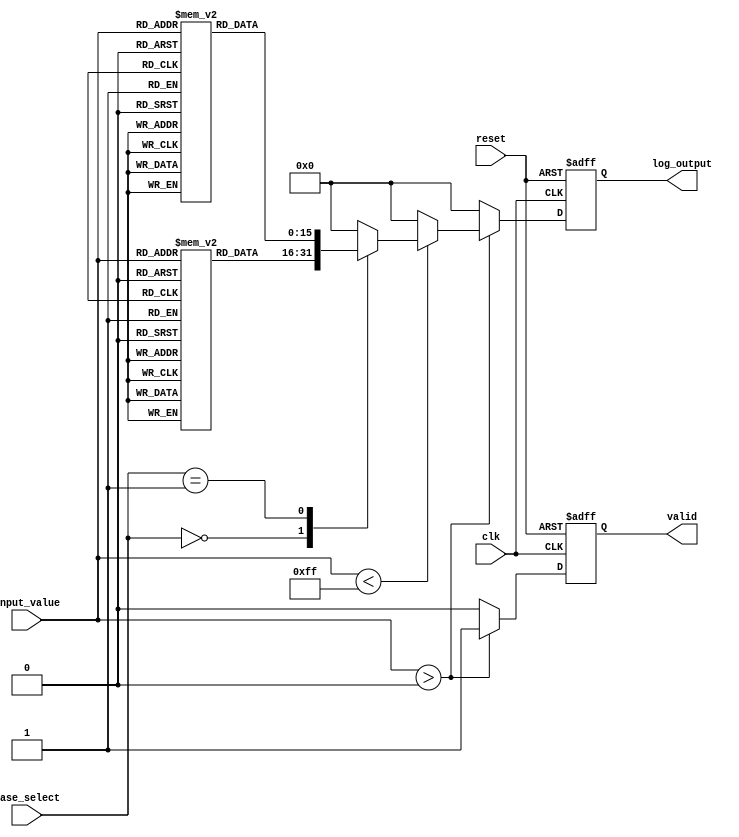
module LogarithmicFunctionGenerator (
    input wire clk,
    input wire reset,
    input wire [7:0] input_value, // 8-bit input value (0 to 255)
    input wire [1:0] base_select, // 00: base 2, 01: base 10
    output reg [15:0] log_output, // 16-bit output for logarithm
    output reg valid // Output valid signal
);

    // Parameters for LUT size
    localparam LUT_SIZE = 256; // Size of the LUT
    reg [15:0] lut_base2 [0:LUT_SIZE-1]; // LUT for base 2
    reg [15:0] lut_base10 [0:LUT_SIZE-1]; // LUT for base 10

    // Initialize the LUTs with pre-computed logarithm values
    initial begin
        // Base 2 LUT values (example values, should be pre-computed)
        lut_base2[0] = 0; // log2(1) = 0
        lut_base2[1] = 1; // log2(2) = 1
        // Fill in the rest of the LUT values...
        
        // Base 10 LUT values (example values, should be pre-computed)
        lut_base10[0] = 0; // log10(1) = 0
        lut_base10[1] = 1; // log10(10) = 1
        // Fill in the rest of the LUT values...
    end

    reg [15:0] log_value; // Intermediate logarithm value
    reg [15:0] lut_value; // Value from LUT
    reg [7:0] index;      // LUT index

    always @(posedge clk or posedge reset) begin
        if (reset) begin
            log_output <= 0;
            valid <= 0;
        end else begin
            valid <= 0; // Default to invalid output
            if (input_value > 0) begin
                index = input_value; // Directly use input value as index
                case (base_select)
                    2'b00: begin // Base 2
                        lut_value = lut_base2[index];
                        log_value = lut_value; // Direct LUT value
                    end
                    2'b01: begin // Base 10
                        lut_value = lut_base10[index];
                        log_value = lut_value; // Direct LUT value
                    end
                    default: begin
                        log_value = 0; // Handle unsupported bases
                    end
                endcase

                // Example interpolation (linear) for values between LUT entries
                // This is a simplified example, real interpolation would need fractional input handling
                if (input_value < LUT_SIZE - 1) begin
                    log_output <= log_value; // Assign the computed logarithm
                end else begin
                    log_output <= 0; // Handle out of range
                end

                valid <= 1; // Mark output as valid
            end else begin
                log_output <= 0; // Handle zero input
            end
        end
    end

endmodule